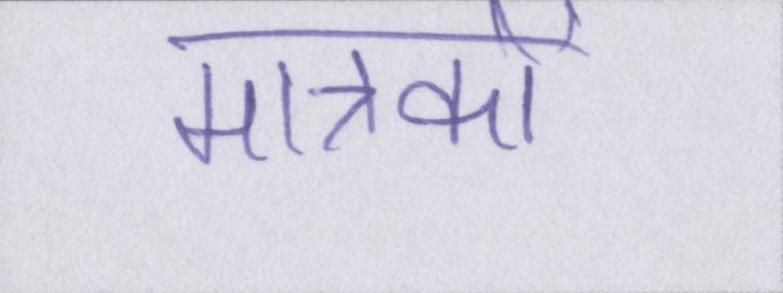
मात्रकों